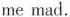
me mad.